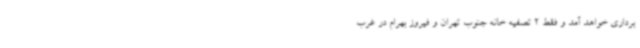
برداری خواهد آمد و فقط 2 تصفیه خانه جنوب تهران و فیروز بهرام در غرب